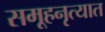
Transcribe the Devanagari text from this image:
समूहनृत्यात